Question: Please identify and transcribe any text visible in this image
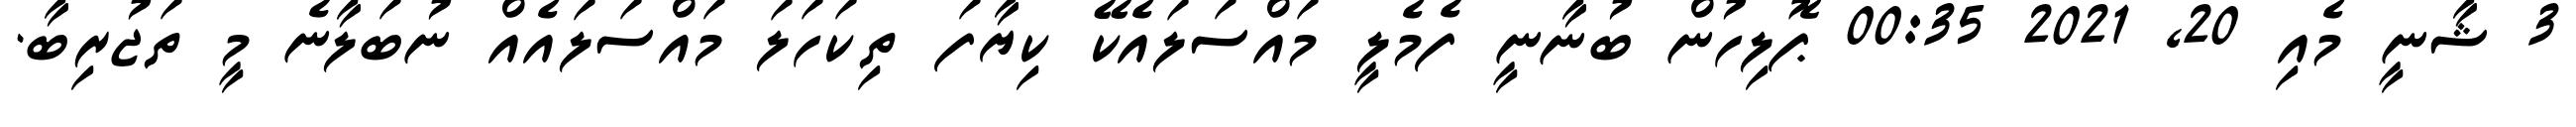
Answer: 3 ޝާނީ މެއި 20, 2021 00:35 ޕޮލިހުން ބުނާނީ ފެމެލީ މައްސަލައެކޭ ކިޔާފަ ތިކަހަލަ މައްސަލައެއް ނުބަލާނެ މީ ތަޖުރިބާ.